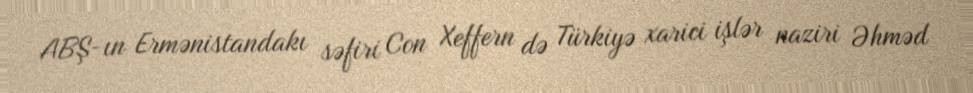
ABŞ-ın Ermənistandakı səfiri Con Xeffern də Türkiyə xarici işlər naziri Əhməd